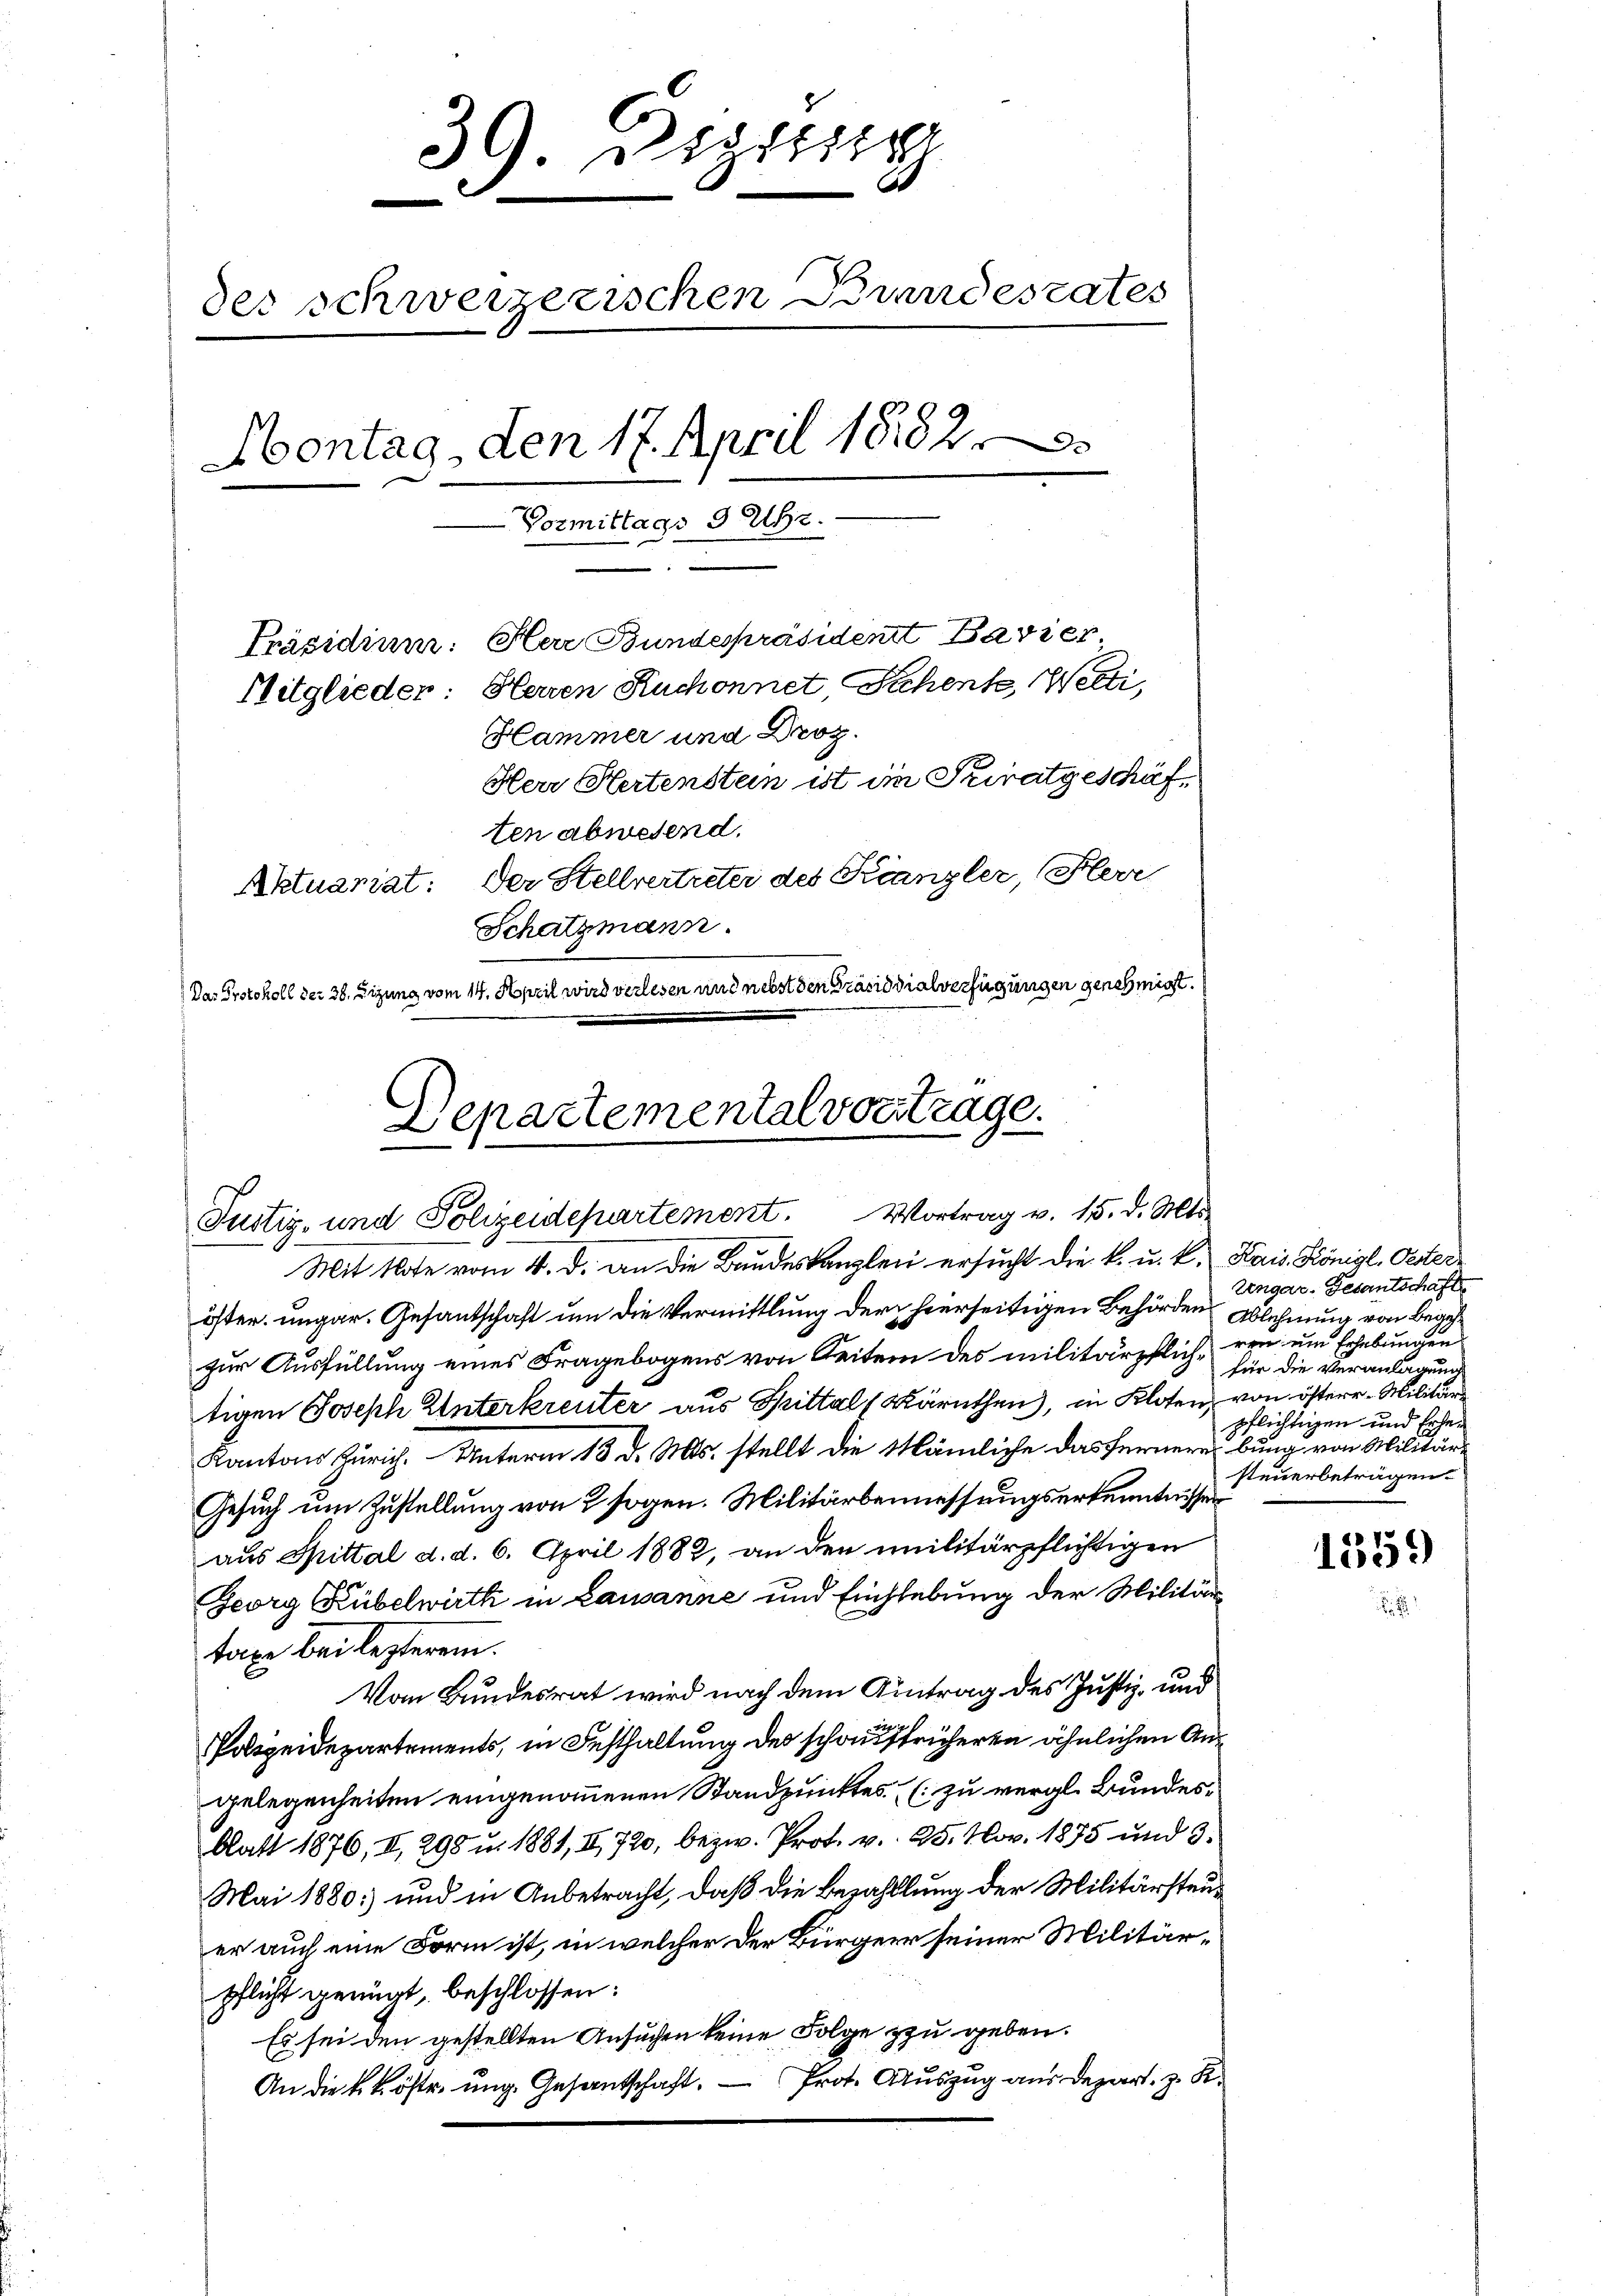
39. Depositi
m
des schweizerischen Bundesrates
Aontag, den 17. April 1882
Vormittags 3 Uhr.
Präsidium. Herr Bundespräsident Bavier,
Mitglieder: Heuen Ruchonnet, Schenke, Welti,
Hammer und Droz.
Herr Hertenstein ist im Priratgeschäften abwesend.
Der Stellvertreter des Franzler, (Flerr
Aktuariat:
Schatzmann.
Das Protokoll der 38. Zizung vom 14. April wird verlesen und nebst den Präsidialverfügungen genehmigt.

Departemental vortrage.
Justiz- und Polizeidepartement. Vortrag v. 15. d. Mts.
Mit Note vom 4. d. an die Bandeskanzlei ersucht die k. u. k. Kais. Königl. Oester¬

öster ungar. Gesantschaft um die Vermittlung der hierseitigen Behörden Ablehnung von begehzur Ausfüllung eines Fragebogens von Seitem des militärpflich von um Erhebungen
tigen Joseph Unterkreuter aus Spittal (Kärnthen, in Kloten, von östere Militär
Kantons Zürich. Unterm 13. d. Mts. stellt die Mämliche das Fernereibung von Militär¬
Gesuch um Zustellung von 2 sogen. Militärbemessungserkenntnissen
aus Spittal d. d. 6. April 1882, an den inilitärpflichtigen
Georg Kübelwirth in Lausanne und Einhebung der Militärtaxe bei lezterem.
Vom Bundesrat wird nach dem Antrag des Justiz- und
Polizeidepartements, in Festhaltung des schon früheren ähnlichen Angelegenheiten eingenommenen Standpunktes zu vergl. Bundesblatt 1876, II, 298 u. 1881, II 720, bezw. Prot. v. 25. Nov. 1875 und 3.
Mai 1880 und in Anbetracht, daß die Bezahllung der Militärsteuer auch eine Form ist, in welcher der Bürger seiner Militärpflicht genügt, beschlossen:
Es sei den gestellten Ansuchen keine Folge zu geben.
An die k. k. öster ŭng. Gesantschaft. Prot. Auszug aus Depart. z. B.

Eingar-Gesantschaft
für die Veranlagung
pflichtigen und Erhesteuerbetragen.

1559